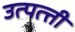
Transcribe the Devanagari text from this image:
उत्पत्त्ती